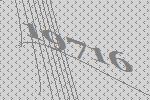
19716